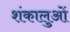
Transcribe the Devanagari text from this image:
शंकालुओं